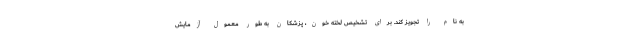
به نام را تجویز کند. برای تشخیص لخته خون، پزشکان به طور معمول آزمایش